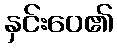
နှင်းဝေ၏